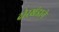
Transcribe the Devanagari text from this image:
दोरखंडाने